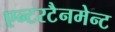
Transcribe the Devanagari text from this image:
एन्टरटैनमेन्ट